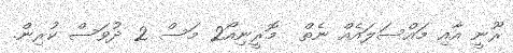
ރޫނީ އާއި މައްސަލައެއް ނެތް  މޮރީނިއޯ2 މަސް 2 ދުވަސް ކުރިން.